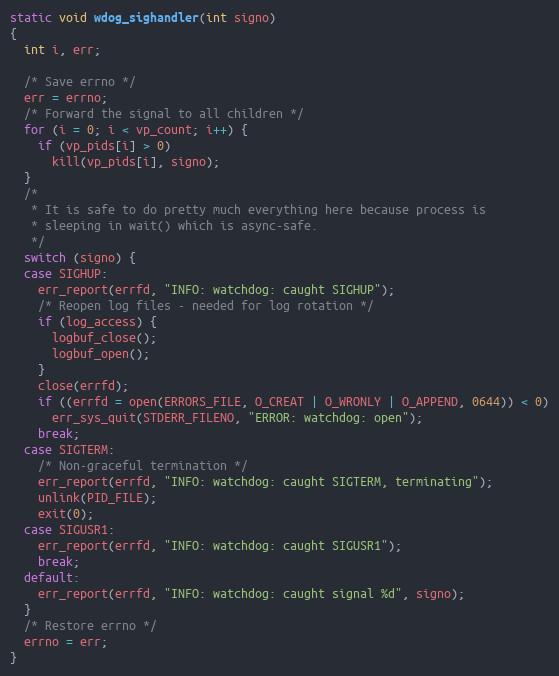
Language: C
static void wdog_sighandler(int signo)
{
  int i, err;

  /* Save errno */
  err = errno;
  /* Forward the signal to all children */
  for (i = 0; i < vp_count; i++) {
    if (vp_pids[i] > 0)
      kill(vp_pids[i], signo);
  }
  /*
   * It is safe to do pretty much everything here because process is
   * sleeping in wait() which is async-safe.
   */
  switch (signo) {
  case SIGHUP:
    err_report(errfd, "INFO: watchdog: caught SIGHUP");
    /* Reopen log files - needed for log rotation */
    if (log_access) {
      logbuf_close();
      logbuf_open();
    }
    close(errfd);
    if ((errfd = open(ERRORS_FILE, O_CREAT | O_WRONLY | O_APPEND, 0644)) < 0)
      err_sys_quit(STDERR_FILENO, "ERROR: watchdog: open");
    break;
  case SIGTERM:
    /* Non-graceful termination */
    err_report(errfd, "INFO: watchdog: caught SIGTERM, terminating");
    unlink(PID_FILE);
    exit(0);
  case SIGUSR1:
    err_report(errfd, "INFO: watchdog: caught SIGUSR1");
    break;
  default:
    err_report(errfd, "INFO: watchdog: caught signal %d", signo);
  }
  /* Restore errno */
  errno = err;
}